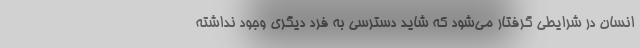
انسان در شرایطی گرفتار می‌شود که شاید دسترسی به فرد دیگری وجود نداشته